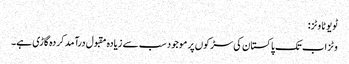
ٹویوٹا وٹز:
وٹز اب تک پاکستان کی سڑکوں پر موجود سب سے زیادہ مقبول درآمد کردہ گاڑی ہے۔